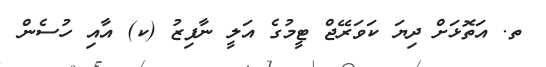
ތ. އަތޮޅަށް ދިޔަ ކަވަރޭޖް ޓީމުގެ އަލީ ނާފިޒު (ކ) އާއި ހުސެން